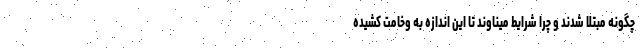
چگونه مبتلا شدند و چرا شرایط میناوند تا این اندازه به وخامت کشیده